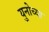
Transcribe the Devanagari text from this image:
युनोच्या